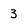
Character: 3